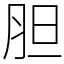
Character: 胆